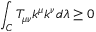
\int _ { C } T _ { \mu \nu } k ^ { \mu } k ^ { \nu } d \lambda \ge 0